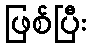
ဖြစ်ပြီး